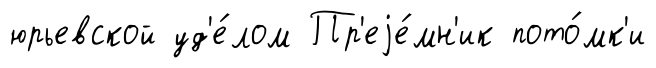
юрьевской уд'е́лом Пр'еjе́мн'ик пото́мк'и